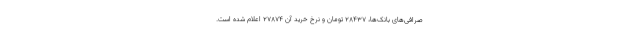
صرافی‌های بانک‌ها، ۲۸۴۳۷ تومان و نرخ خرید آن ۲۷۸۷۴ اعلام شده است.